Annual report of the Imperial Bacteriological Laboratory, Muktesar
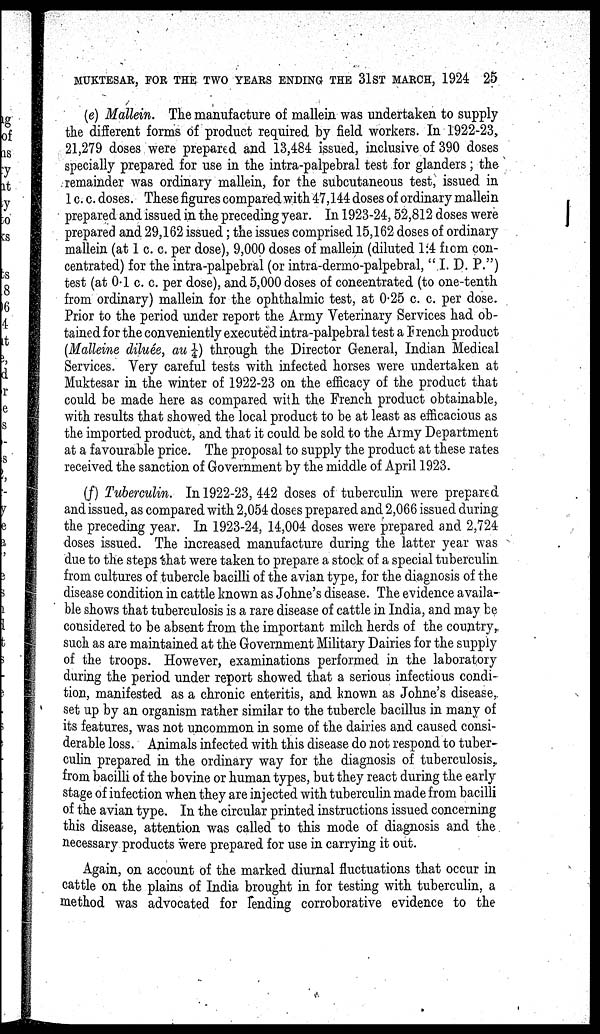
MUKTESAR, FOR THE TWO YEARS ENDING THE 31ST MARCH, 1924 25
(e) Mallein. The manufacture of mallein was undertaken to supply
the different forms of product required by field workers. In 1922-23,
21,279 doses were prepared and 13,484 issued, inclusive of 390 doses
specially prepared for use in the intra-palpebral test for glanders; the
remainder was ordinary mallein, for the subcutaneous test, issued in
1 c. c. doses. These figures compared with 47,144 doses of ordinary mallein
prepared and issued in the preceding year. In 1923-24,52,812 doses were
prepared and 29,162 issued; the issues comprised 15,162 doses of ordinary
mallein (at 1 c. c. per dose), 9,000 doses of mallein (diluted 1:4 from con-
centrated) for the intra-palpebral (or intra-dermo-palpebral, " I. D. P.")
test (at 0.1 c. c. per dose), and 5,000 doses of concentrated (to one-tenth
from ordinary) mallein for the ophthalmic test, at 0.25 c. c. per dose.
Prior to the period under report the Army Veterinary Services had ob-
tained for the conveniently executed intra-palpebral test a French product
(Malleine diluée, au ¼) through the Director General, Indian Medical
Services. Very careful tests with infected horses were undertaken at
Muktesar in the winter of 1922-23 on the efficacy of the product that
could be made here as compared with the French product obtainable,
with results that showed the local product to be at least as efficacious as
the imported product, and that it could be sold to the Army Department
at a favourable price. The proposal to supply the product at these rates
received the sanction of Government by the middle of April 1923.
(f) Tuberculin. In 1922-23, 442 doses of tuberculin were prepared
and issued, as compared with 2,054 doses prepared and 2,066 issued during
the preceding year. In 1923-24, 14,004 doses were prepared and 2,724
doses issued. The increased manufacture during the latter year was
due to the steps that were taken to prepare a stock of a special tuberculin
from cultures of tubercle bacilli of the avian type, for the diagnosis of the
disease condition in cattle known as Johne's disease. The evidence availa-
ble shows that tuberculosis is a rare disease of cattle in India, and may be
considered to be absent from the important milch herds of the country,
such as are maintained at the Government Military Dairies for the supply
of the troops. However, examinations performed in the laboratory
during the period under report showed that a serious infectious condi-
tion, manifested as a chronic enteritis, and known as Johne's disease,
set up by an organism rather similar to the tubercle bacillus in many of
its features, was not uncommon in some of the dairies and caused consi-
derable loss. Animals infected with this disease do not respond to tuber-
culin prepared in the ordinary way for the diagnosis of tuberculosis,
from bacilli of the bovine or human types, but they react during the early
stage of infection when they are injected with tuberculin made from bacilli
of the avian type. In the circular printed instructions issued concerning
this disease, attention was called to this mode of diagnosis and the
necessary products were prepared for use in carrying it out.
Again, on account of the marked diurnal fluctuations that occur in
cattle on the plains of India brought in for testing with tuberculin, a
method was advocated for lending corroborative evidence to the